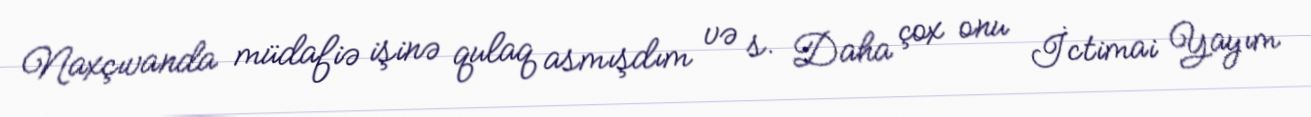
Naxçıvanda müdafiə işinə qulaq asmışdım və s. Daha çox onu İctimai Yayım